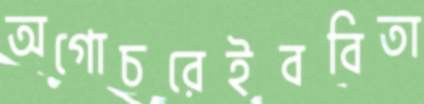
অগোচরেইববিতা